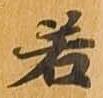
若